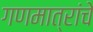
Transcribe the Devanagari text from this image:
गणमात्रांचे